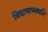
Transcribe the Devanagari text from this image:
विद्यावाचस्‍पति